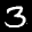
Label: 3